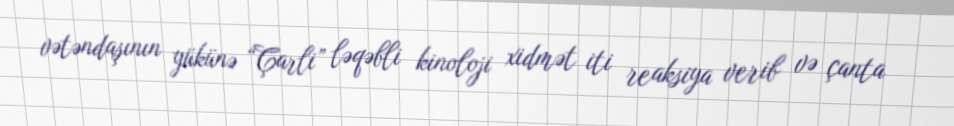
vətəndaşının yükünə “Çarli” ləqəbli kinoloji xidmət iti reaksiya verib və çanta